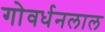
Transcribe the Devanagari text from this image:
गोवर्धनलाल